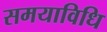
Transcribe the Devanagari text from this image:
समयाविधि